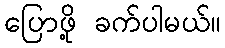
ပြောဖို့ ခက်ပါမယ်။